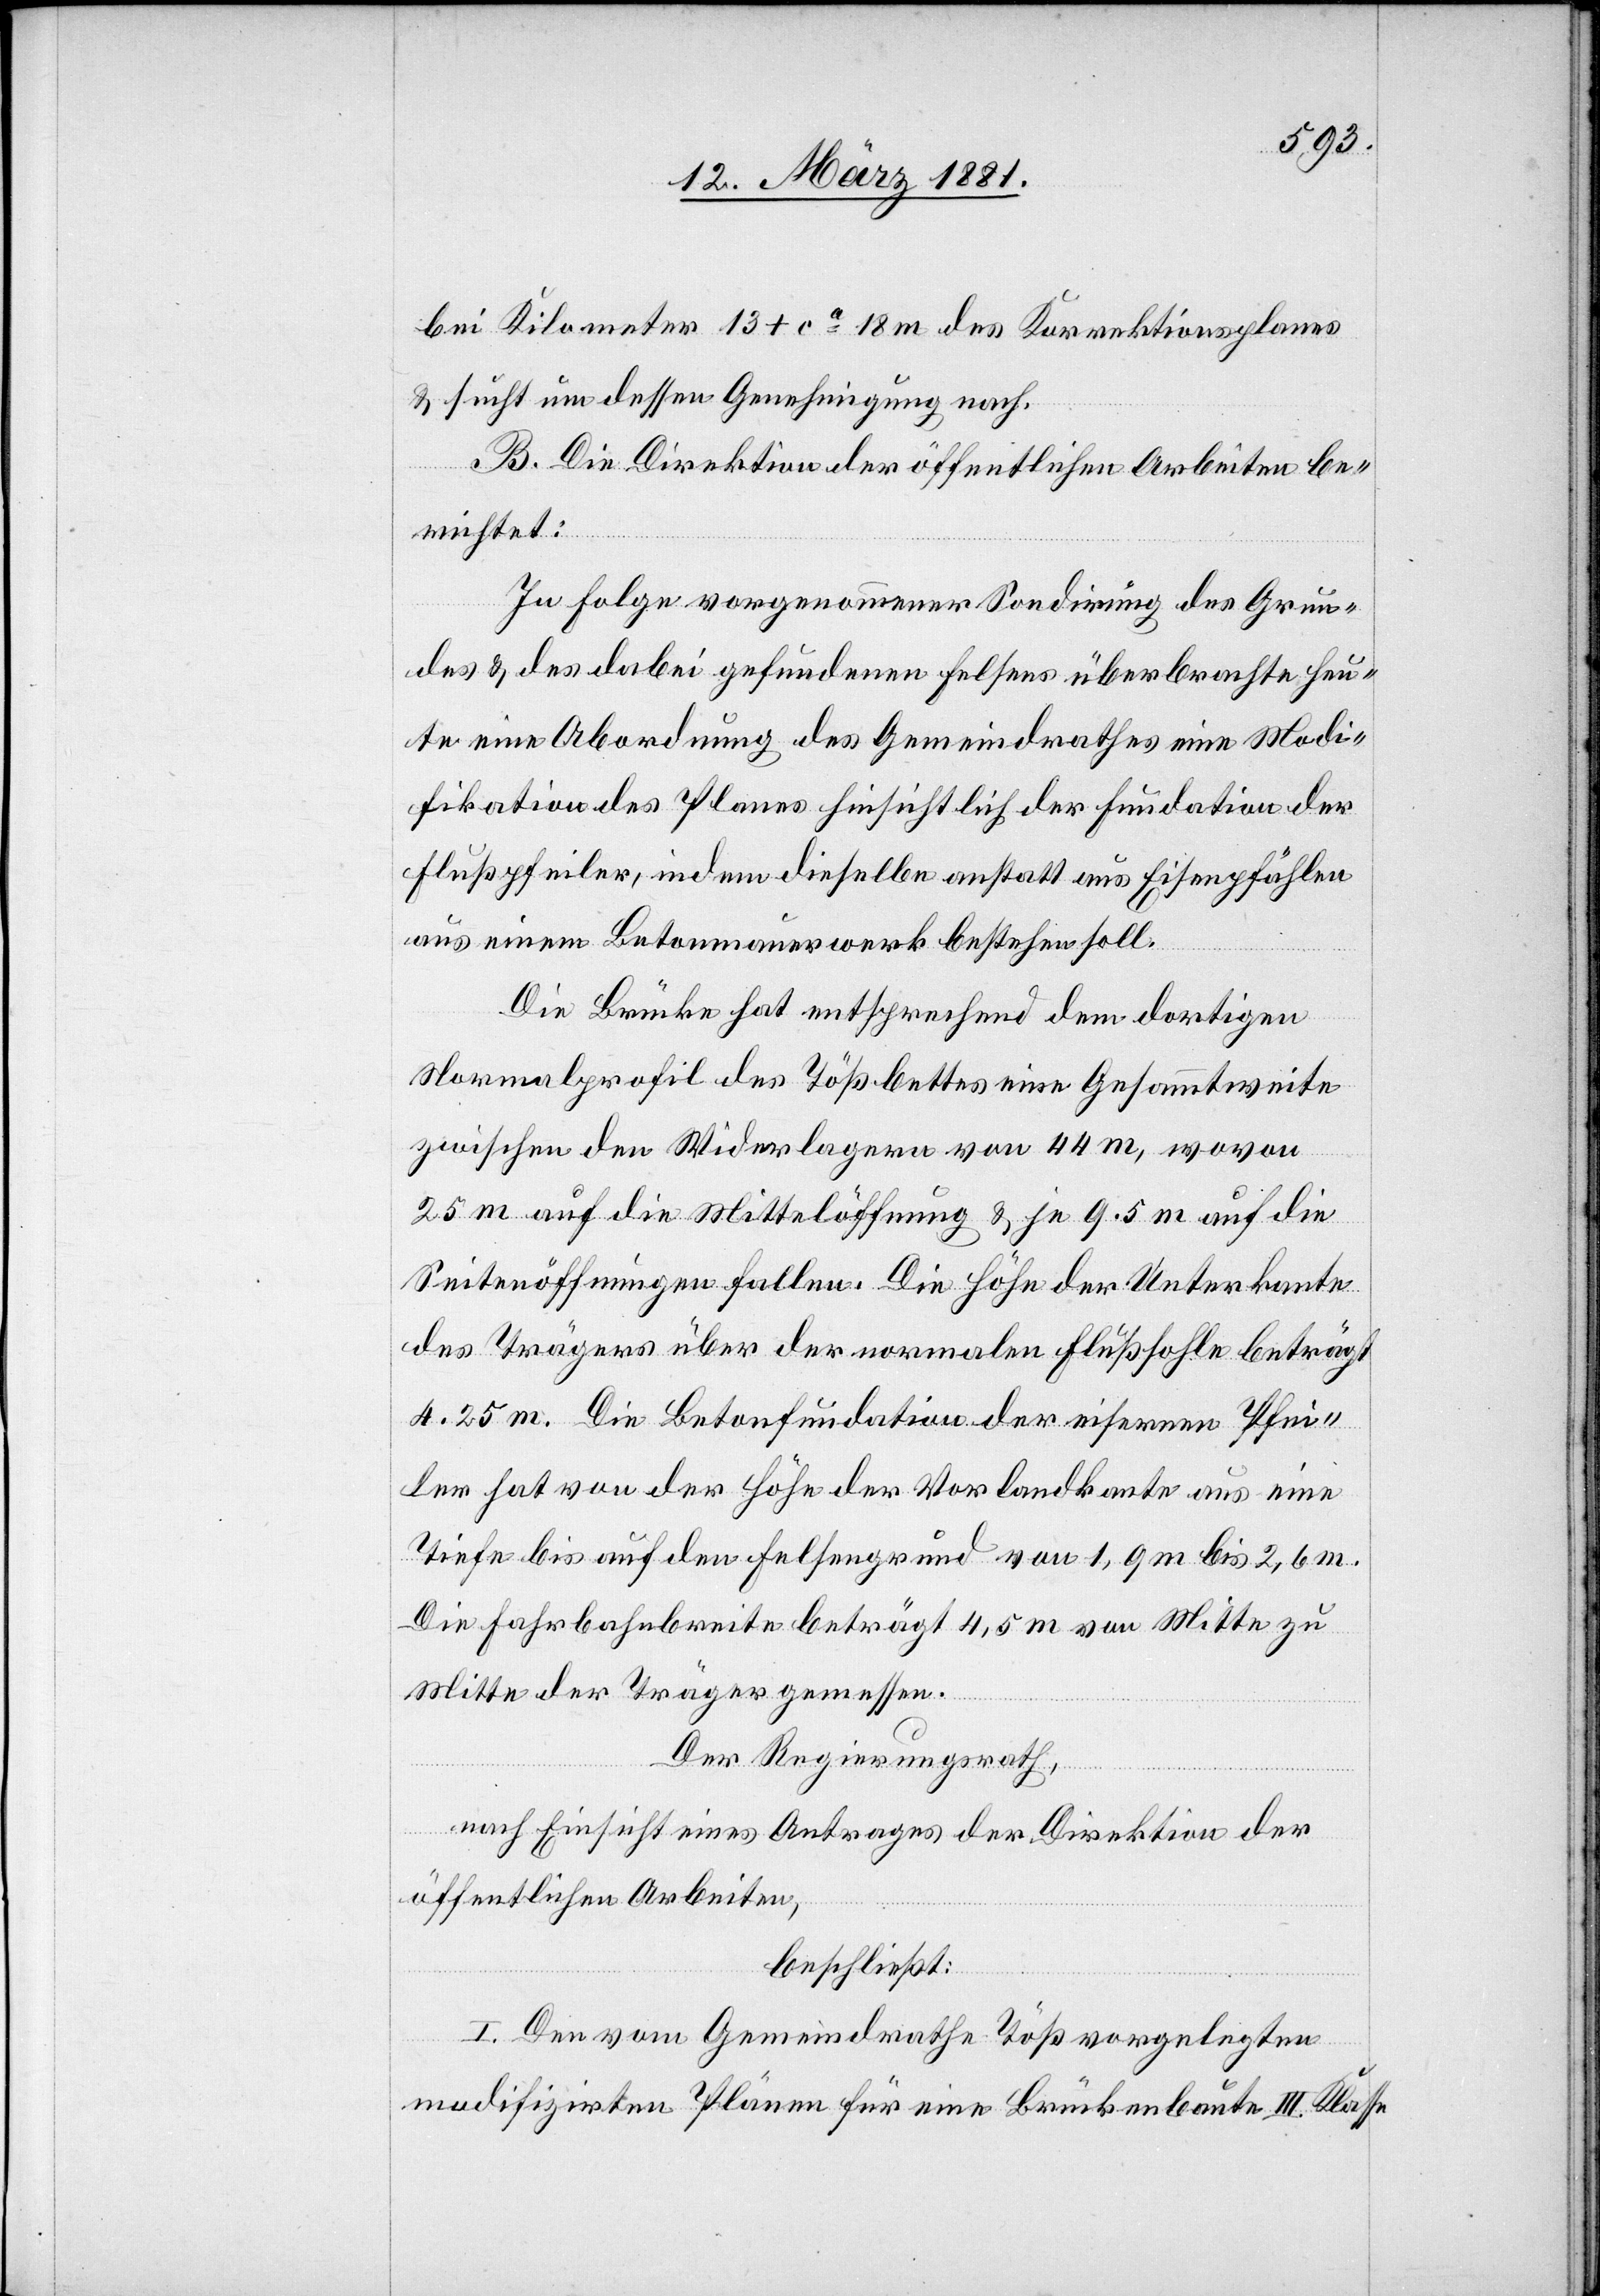
bei Kilometer 13+ca 18 m des Korrektionsplanes
& sucht um dessen Genehmigung nach.
B. Die Direktion der öffentlichen Arbeiten be¬
richtet:
In Folge vorgenommener Sondirung des Grun¬
des & des dabei gefundenen Felsens überbrachte heu¬
te eine Abordnung des Gemeindrathes eine Modi¬
fikation des Planes hinsichtlich der Fundation der
Flußpfeiler, indem dieselbe anstatt aus Eisenpfählen
aus einem Betonmauerwerk bestehen soll.
Die Brücke hat entsprechend dem dortigen
Normenprofil des Tößbettes eine Gesammtweite
zwischen den Widerlagern von 44 m, wovon
25 m auf die Mittelöffnung & je 9,5 m auf die
Seitenöffnungen fallen. Die Höhe der Unterkante
des Trägers über der normalen Flußsohle beträgt
4.25 m. Die Betonfundation der eisernen Pfei¬
ler hat von der Höhe der Vorlandkante aus eine
Tiefe bis auf den Felsengrund von 1,9 m bis 2,6
Die Fahrbahnbreite beträgt 4,5 m von Mitte zu
Mitte der Träger gemessen.
Der Regierungsrath,
nach Einsicht eines Antrages der Direktion der
öffentlichen Arbeiten,
beschließt:
I. Den vom Gemeindrathe Töß vorgelegten
modifizirten Plänen für eine Brückenbaute III. Klasse